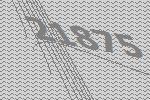
21875